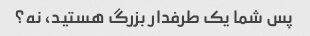
پس شما یک طرفدار بزرگ هستید، نه؟